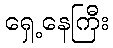
ရှေ့နေကြီး